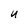
Character: U